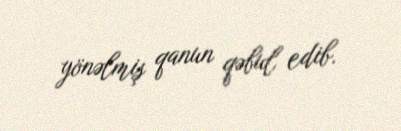
yönəlmiş qanun qəbul edib.